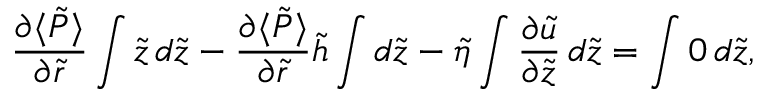
\frac { \partial \langle \tilde { P } \rangle } { \partial \tilde { r } } \int \tilde { z } \, d \tilde { z } - \frac { \partial \langle \tilde { P } \rangle } { \partial \tilde { r } } \tilde { h } \int d \tilde { z } - \tilde { \eta } \int \frac { \partial \tilde { u } } { \partial \tilde { z } } \, d \tilde { z } = \int 0 \, d \tilde { z } ,